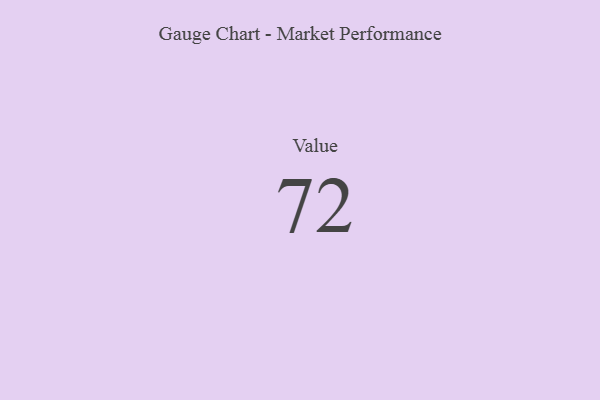
{"axis": {"x": "Metric", "y": "Value"}, "legend": [""], "data": [{"x": "Value", "y": 72, "type": ""}]}